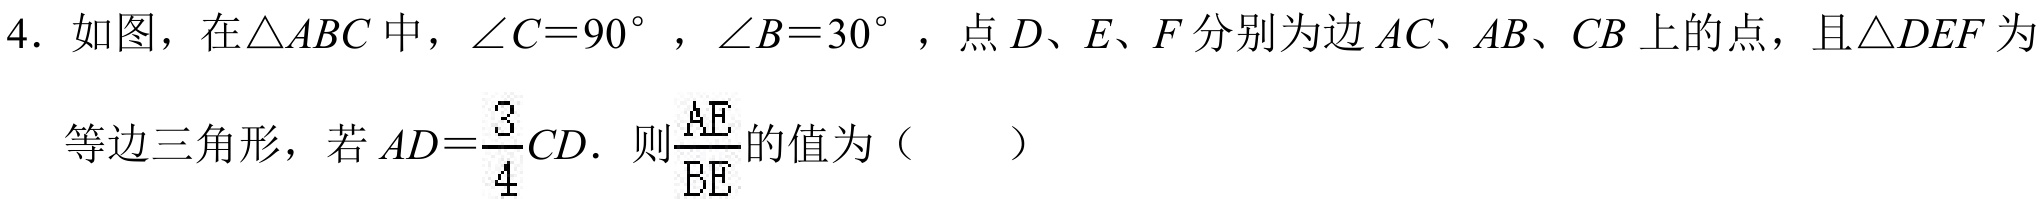
4. 如图，在$\triangle ABC$中，$\angle C = 90^{\circ}$，$\angle B = 30^{\circ}$，点$D、E、F$分别为边$AC、AB、CB$上的点，且$\triangle DEF$为等边三角形，若$AD=\frac{3}{4}CD$. 则$\frac{AE}{BE}$的值为（  ）